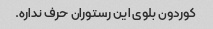
کوردون بلوی این رستوران حرف نداره.